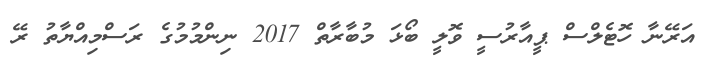
އަރޭނާ ހޮޓެލްސް ޕީއާރުސީ ވޮލީ ބޯޅަ މުބާރާތް 2017 ނިންމުމުގެ ރަސްމިއްޔާތު ރޭ